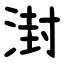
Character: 湗